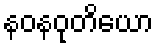
နဝနဝုတိယော